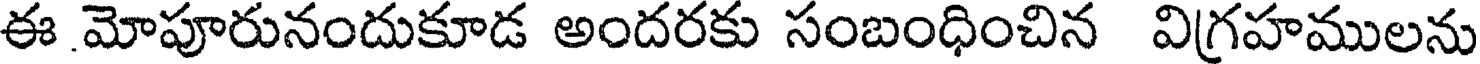
ఈ మోపూరునందుకూడ అందరకు సంబంధించిన విగ్రహములను